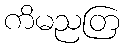
ကိမညတြ